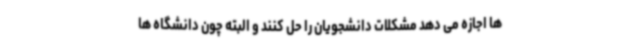
ها اجازه می دهد مشکلات دانشجویان را حل کنند و البته چون دانشگاه ها